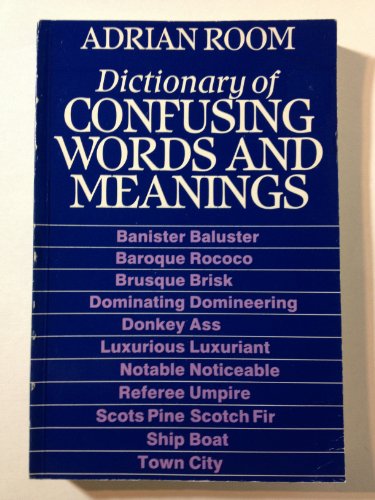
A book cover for Dictionary of Confusing Words and Meanings; Adrian Room; Reference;